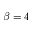
\beta = 4